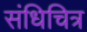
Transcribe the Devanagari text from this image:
संधिचित्र